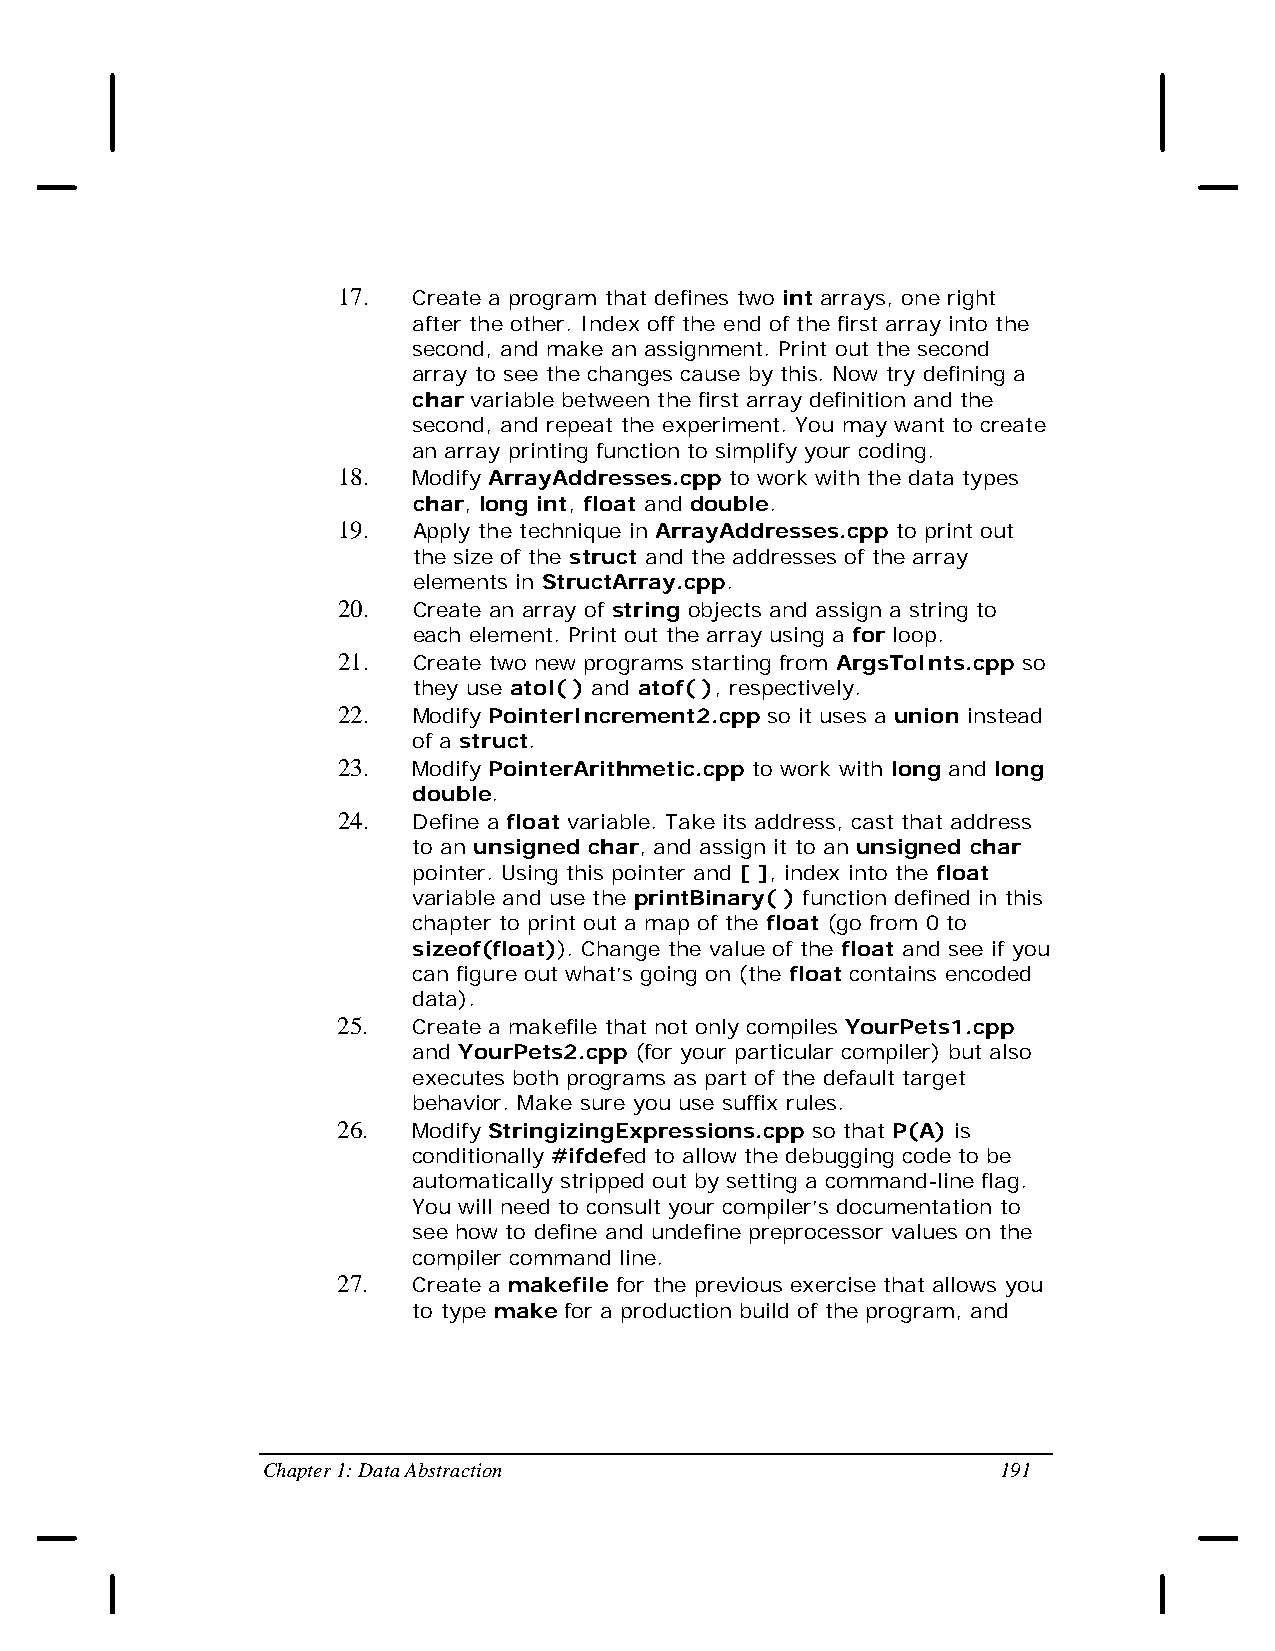
17.  Create a program that defines two int arrays, one right
 after the other. Index off the end of the first array into the
 second, and make an assignment. Print out the second
 array to see the changes cause by this. Now try defining a
 char variable between the first array definition and the
 second, and repeat the experiment. You may want to create
 an array printing function to simplify your coding.
 18.  Modify ArrayAddresses.cpp to work with the data types
 char, long int, float and double.
 19.  Apply the technique in ArrayAddresses.cpp to print out
 the size of the struct and the addresses of the array
 elements in StructArray.cpp.
 20.  Create an array of string objects and assign a string to
 each element. Print out the array using a for loop.
 21.  Create two new programs starting from ArgsToInts.cpp so
 they use atol( ) and atof( ), respectively.
 22.  Modify PointerIncrement2.cpp so it uses a union instead
 of a struct.
 23.  Modify PointerArithmetic.cpp to work with long and long
 double.
 24.  Define a float variable. Take its address, cast that address
 to an unsigned char, and assign it to an unsigned char
 pointer. Using this pointer and [ ], index into the float
 variable and use the printBinary( ) function defined in this
 chapter to print out a map of the float (go from 0 to
 sizeof(float)). Change the value of the float and see if you
 can figure out what’s going on (the float contains encoded
 data).
 25.  Create a makefile that not only compiles YourPets1.cpp
 and YourPets2.cpp (for your particular compiler) but also
 executes both programs as part of the default target
 behavior. Make sure you use suffix rules.
 26.  Modify StringizingExpressions.cpp so that P(A) is
 conditionally #ifdefed to allow the debugging code to be
 automatically stripped out by setting a command-line flag.
 You will need to consult your compiler’s documentation to
 see how to define and undefine preprocessor values on the
 compiler command line.
 27.  Create a makefile for the previous exercise that allows you
 to type make for a production build of the program, and
 Chapter 1: Data Abstraction                      191